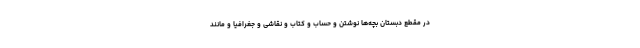
در مقطع دبستان بچه‌ها نوشتن و حساب و کتاب و نقاشی و جغرافیا و مانند